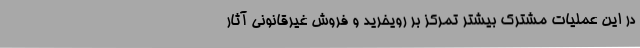
در این عملیات مشترک بیشتر تمرکز بر رویخرید و فروش غیرقانونی آثار